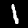
Digit: 1